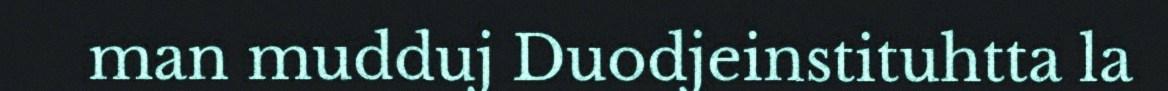
man mudduj Duodjeinstituhtta la